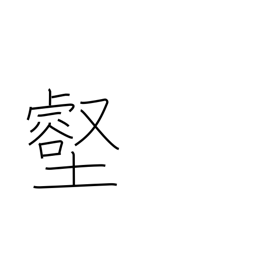
Meaning: valley